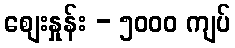
စျေးနှုန်း - ၅၀၀၀ ကျပ်